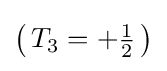
\left(\,T_{3}=+{\tfrac {1}{2}}\,\right)